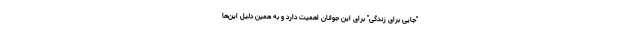
"جایی برای زندگی" برای این جوانان اهمیت دارد و به همین دلیل این‌‌ها